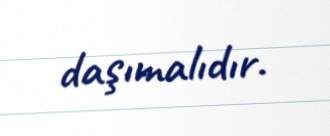
daşımalıdır.